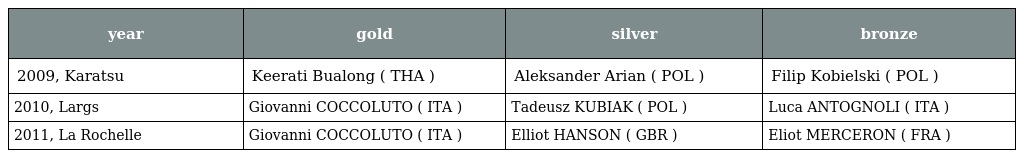
| year | gold | silver | bronze |
 | --- | --- | --- | --- |
 | 2009, Karatsu | Keerati Bualong ( THA ) | Aleksander Arian ( POL ) | Filip Kobielski ( POL ) |
 | 2010, Largs | Giovanni COCCOLUTO ( ITA ) | Tadeusz KUBIAK ( POL ) | Luca ANTOGNOLI ( ITA ) |
 | 2011, La Rochelle | Giovanni COCCOLUTO ( ITA ) | Elliot HANSON ( GBR ) | Eliot MERCERON ( FRA ) |